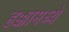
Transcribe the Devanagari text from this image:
हक्कामध्ये